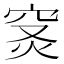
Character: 𥥦